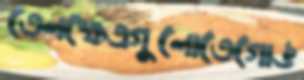
তেলক্ষেত্রগুলোতেগোঙ